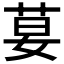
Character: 𦰇